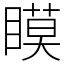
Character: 瞙